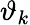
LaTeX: \vartheta_{k}